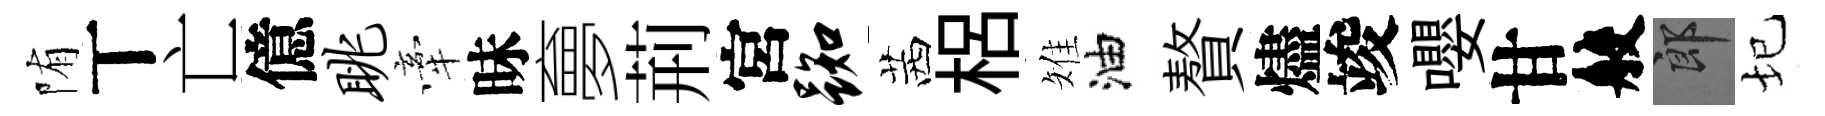
陏丅亡億眺牽昧夣荊宮踟茜梠雉油贅燼竣嚶甘般郎圮